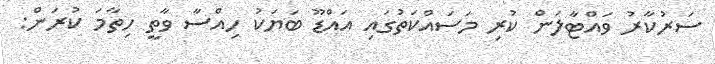
ސަރުކާރު ވައްޓާލަން ކުރި މަސައްކަތުގައި އައްޑޫ ބަޔަކު ހިއްސާ ވާތީ ހިތާމަ ކުރަން: